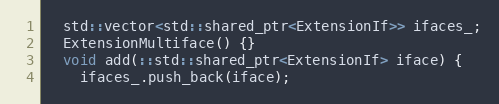
Language: C
  std::vector<std::shared_ptr<ExtensionIf>> ifaces_;
  ExtensionMultiface() {}
  void add(::std::shared_ptr<ExtensionIf> iface) {
    ifaces_.push_back(iface);